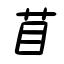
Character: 苜